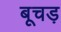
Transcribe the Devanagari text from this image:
बूचड़